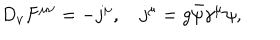
D _ { \nu } F ^ { \mu \nu } = - j ^ { \mu } , \quad j ^ { \mu } = g \bar { \psi } \gamma ^ { \mu } \psi ,